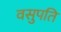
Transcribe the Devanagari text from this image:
वसुपति